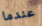
عندما